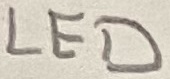
Text: LED